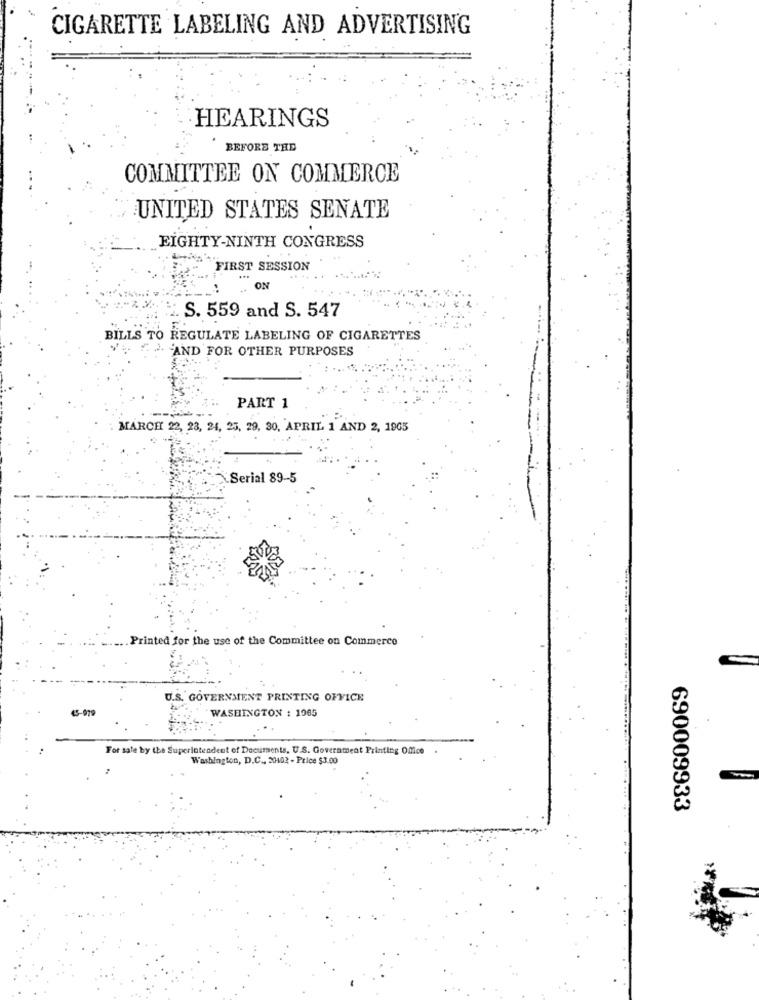
CIGARETTE LABELING AND ADVERTISING
HEARINGS
BEFORE THE
COMMITTEE ON COMMERCE
UNITED STATES SENATE
EIGHTY-NINTH CONGRESS
FIRST SESSION
ON
2. S. 559 and S. 547
BILLS TO REGULATE LABELING OF CIGARETTES
2. AND FOR OTHER PURPOSES
PART 1
MARCH 22, 23, 24, 25, 29, 30. APRIL 1 AND 2, 1903
Serial 89-5
Printed for the use of the Committee on Commerce
U.S. GOVERNMENT PRINTING OFFICE
15-979
WASHINGTON : 1965
For sale by the Superintendent of Documents, U.S. Government Printing Office
Washington, D.C ., 20402 - Price $3.00
690009933